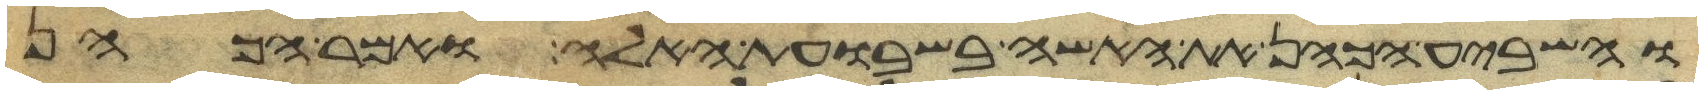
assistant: והשביע הכהן את האשה בשבועת האלה ואמר הכהן